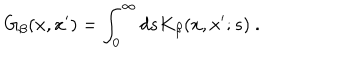
LaTeX: G _ { \beta } ( x , x ^ { \prime } ) = \int _ { 0 } ^ { \infty } d s K _ { \beta } ( x , x ^ { \prime } ; s ) \ .